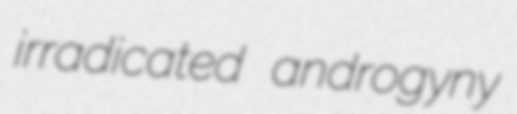
irradicated androgyny